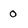
Character: 0